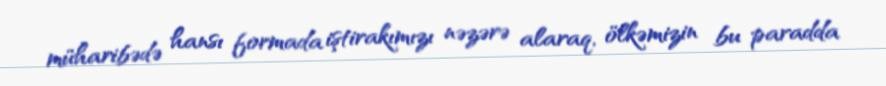
müharibədə hansı formada iştirakımızı nəzərə alaraq, ölkəmizin bu paradda